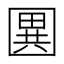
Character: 𭍭